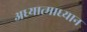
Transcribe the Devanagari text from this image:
अध्यात्माध्यान